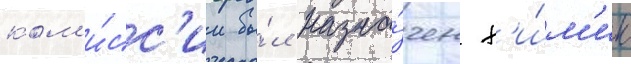
ком'и́сс'ии бы́л назна́чен х'и́м'ик